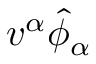
v ^ { \alpha } \hat { \phi } _ { \alpha }